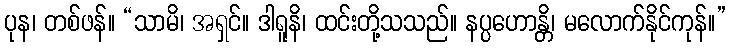
ပုန၊ တစ်ဖန်။ “သာမိ၊ အရှင်။ ဒါရူနိ၊ ထင်းတို့သသည်။ နပ္ပဟောန္တိ၊ မလောက်နိုင်ကုန်။”